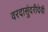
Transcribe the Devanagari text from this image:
वरदासुंदरीदेवी